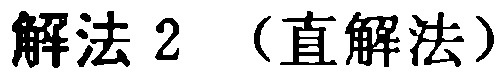
解法 2 （直解法）